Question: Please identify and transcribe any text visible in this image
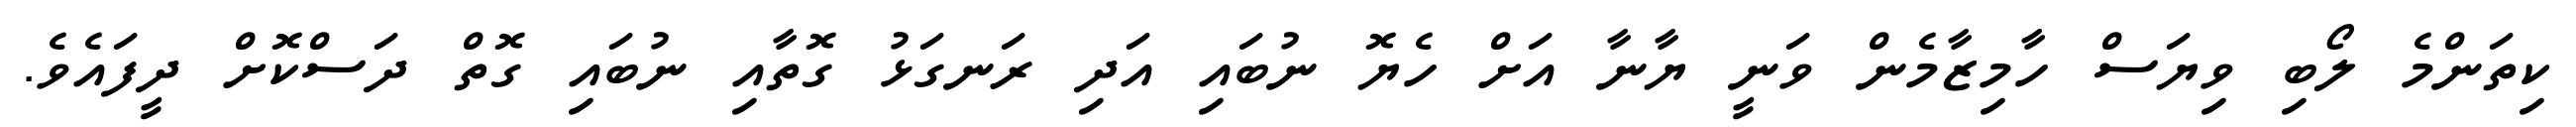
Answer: ކިތަންމެ ލޯބި ވިޔަސް ހާމިޒާމެން ވަނީ ޔާނާ އަށް ހެޔޮ ނުބައި އަދި ރަނގަޅު ގޮތާއި ނުބައި ގޮތް ދަސްކޮށް ދީފައެވެ.